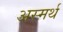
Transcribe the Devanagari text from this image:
अस्मर्थ